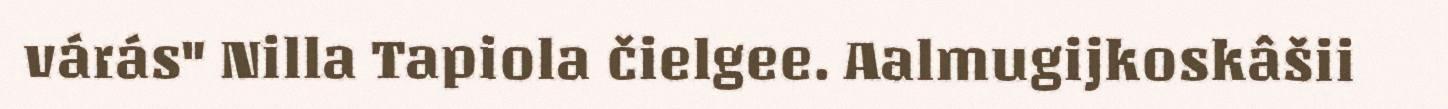
várás" Nilla Tapiola čielgee. Aalmugijkoskâšii